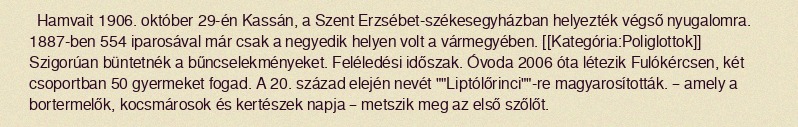
Hamvait 1906. október 29-én Kassán, a Szent Erzsébet-székesegyházban helyezték végső nyugalomra. 1887-ben 554 iparosával már csak a negyedik helyen volt a vármegyében. [[Kategória:Poliglottok]] Szigorúan büntetnék a bűncselekményeket. Feléledési időszak. Óvoda 2006 óta létezik Fulókércsen, két csoportban 50 gyermeket fogad. A 20. század elején nevét ""Liptólőrinci""-re magyarosították. – amely a bortermelők, kocsmárosok és kertészek napja – metszik meg az első szőlőt.